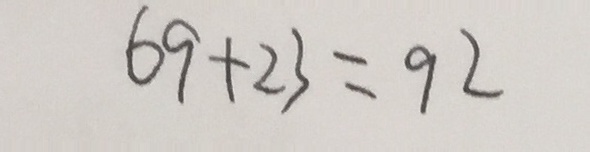
6 9 + 2 3 = 9 2